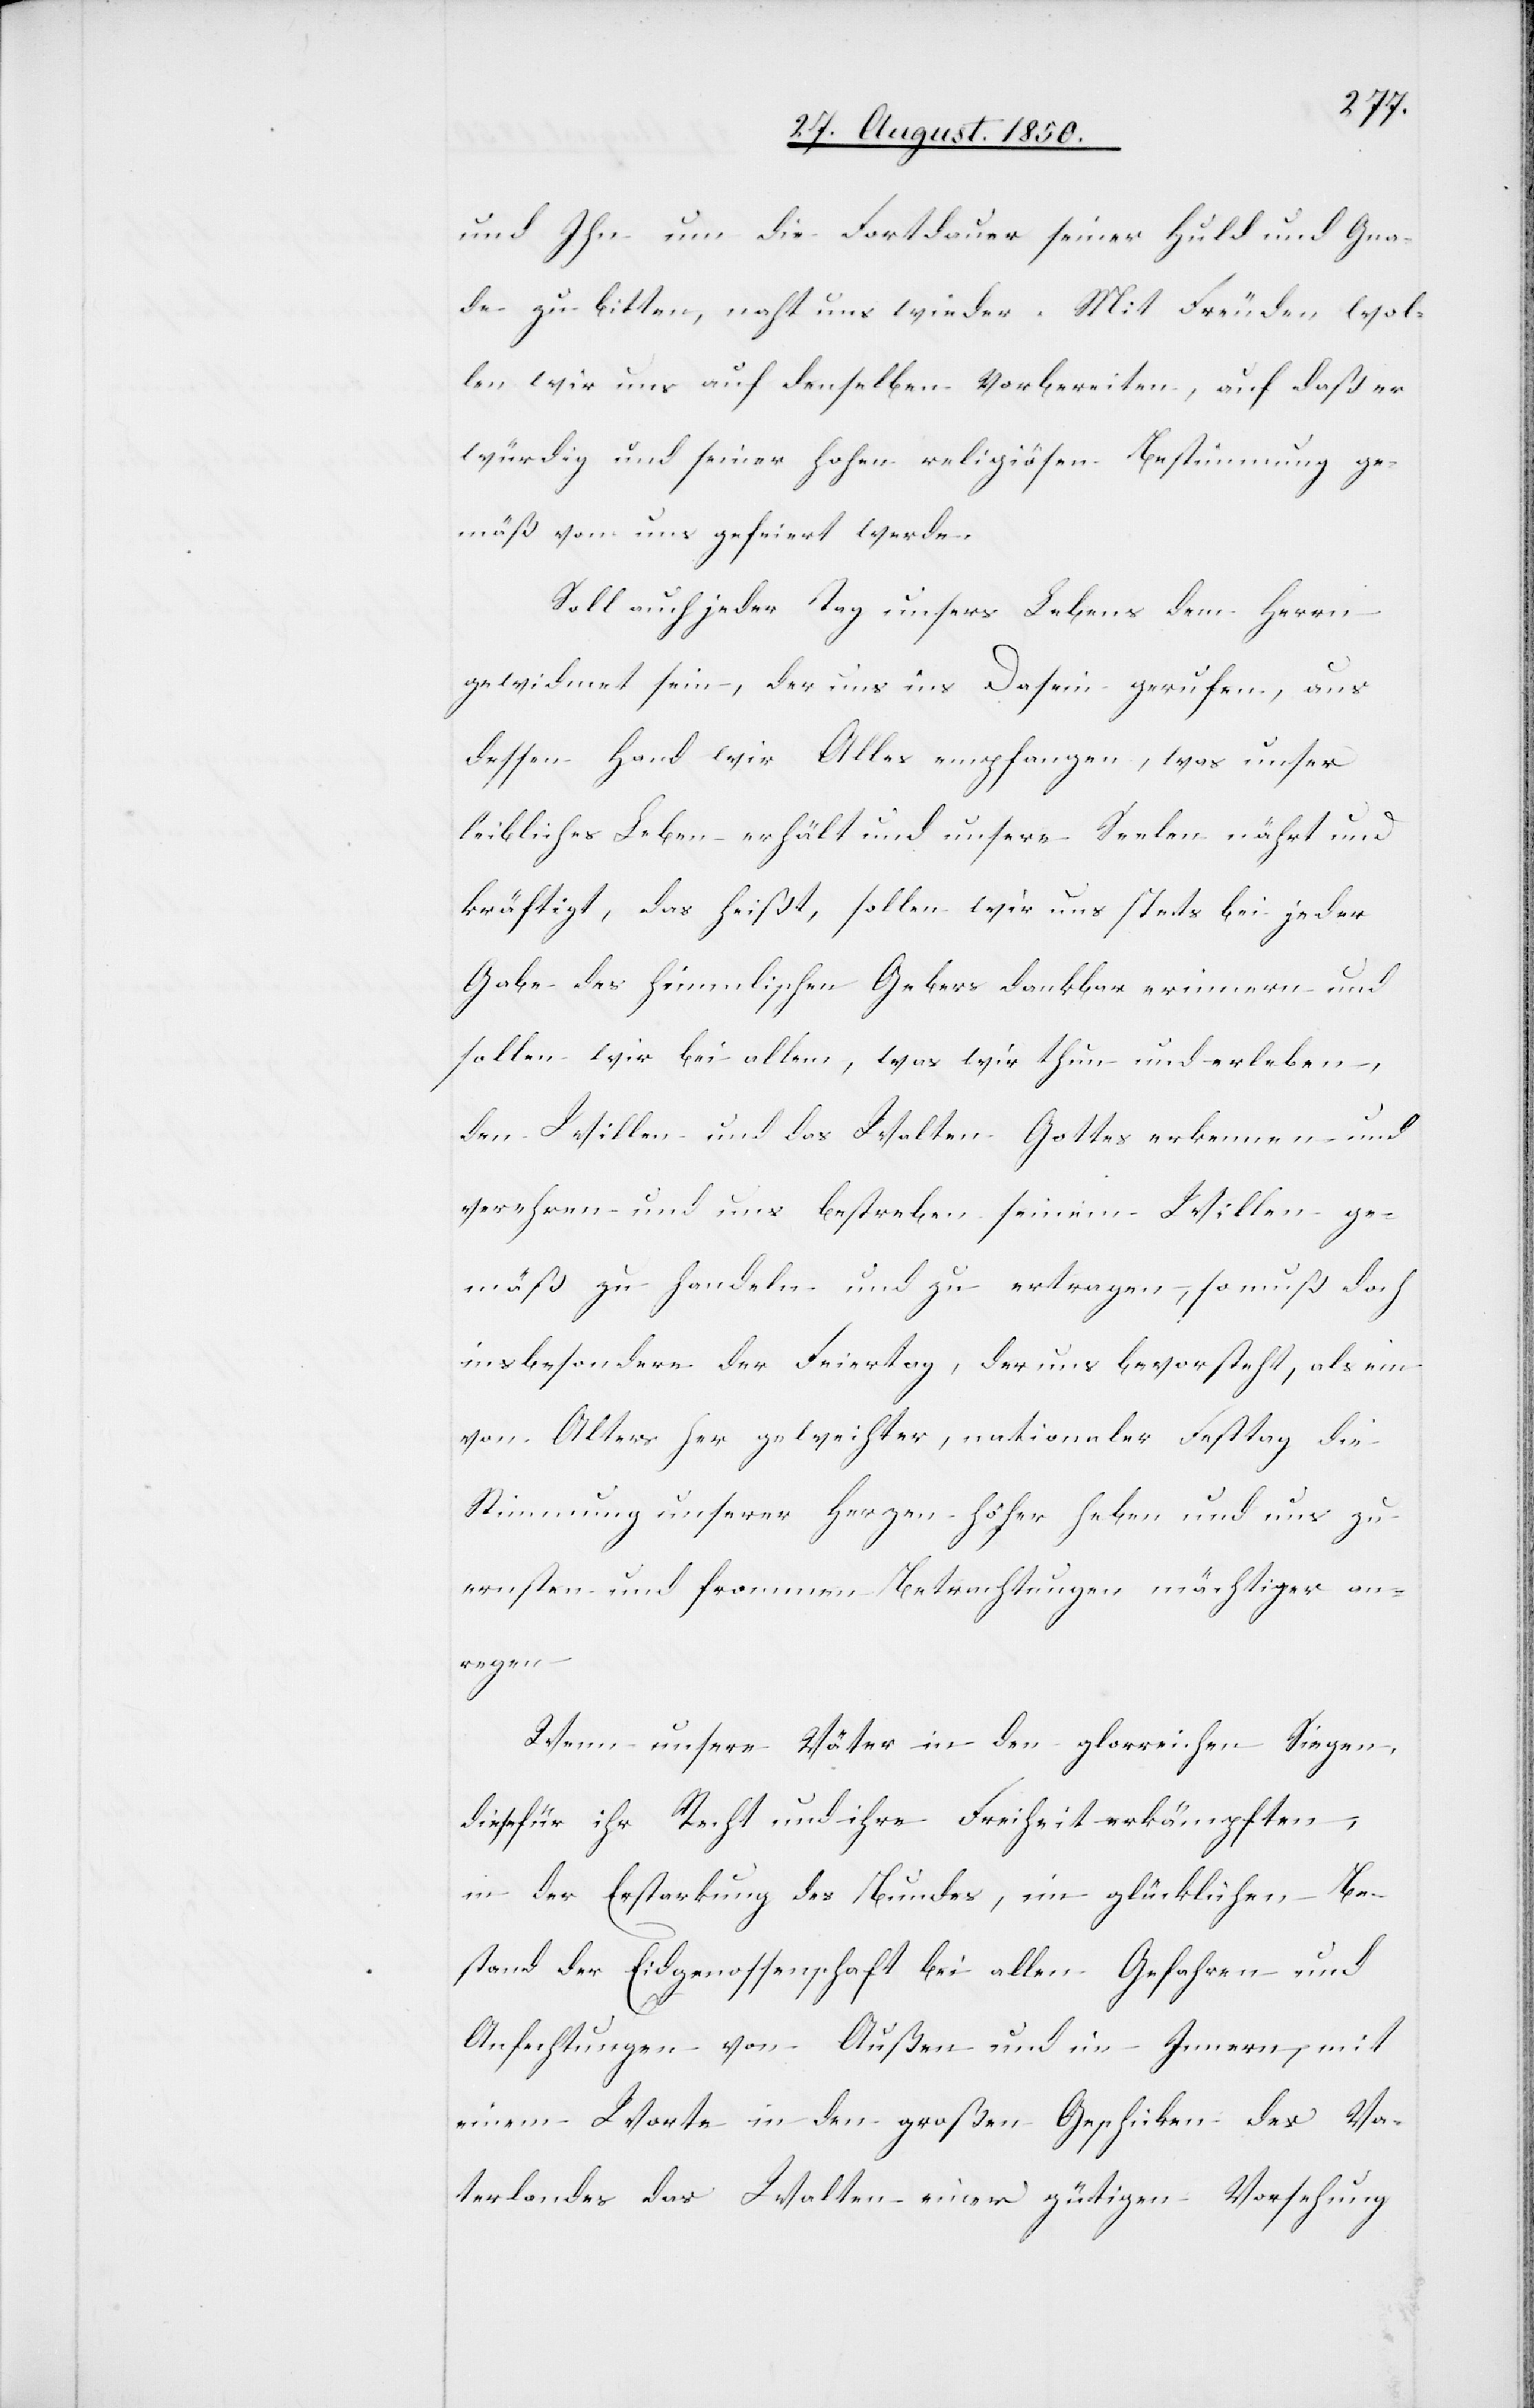
und Ihn um die Fortdauer seiner Huld und Gna¬
de zu bitten, naht uns wieder. Mit Freuden wol¬
len wir uns auf denselben vorbereiten, auf daß er
würdig und seiner hohen religiösen Bestimmung ge¬
mäß von uns gefeiert werde.
Soll auch jeder Tag unsers Lebens dem Herrn
gewidmet sein, der uns ins Dasein gerufen, aus
dessen Hand wir Alles empfangen, was unser
leibliches Leben erhält und unsere Seelen nährt und
kräftigt, das heißt, sollen wir uns stets bei jeder
Gabe des himmlischen Gebers dankbar erinnern und
sollen wir bei allem, was wir thun und erleben,
den Willen und das Walten Gottes erkennen und
verehren und uns bestreben seinem Willen ge¬
mäß zu handeln und zu ertragen, so muß doch
insbesondere der Feiertag, der uns bevorsteht, als ein
von Alters her geweihter, nationaler Festtag die
Stimmung unserer Herzen höher heben und uns zu
ernsten und frommen Betrachtungen mächtiger an¬
regen.
Wenn unsere Väter in den glorreichen Siegen,
diese für ihr Recht und ihre Freiheit erkämpften,
in der Erstarkung des Bundes, im glücklichen Be¬
stand der Eidgenossenschaft bei allen Gefahren und
Anfechtungen von Außen und im Innern, mit
einem Worte in den großen Geschicken des Va¬
terlandes das Walten einer gütigen Vorsehung